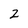
Character: z